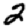
Digit: 2